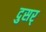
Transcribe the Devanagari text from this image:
दुसर्